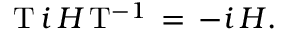
{ \mathrm { T } } \, i \, H \, { \mathrm { T } } ^ { - 1 } \, = \, - i \, H { \mathrm { . } }